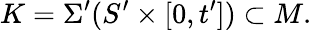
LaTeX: K=\Sigma^{\prime}(S^{\prime}\times[0,t^{\prime}])\subset M.